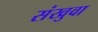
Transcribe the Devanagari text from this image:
संखुवा